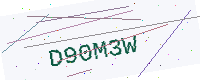
Text: D90M3W